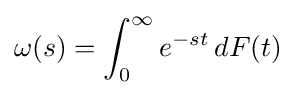
\omega (s)=\int _{0}^{\infty }e^{-st}\,dF(t)